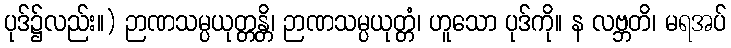
ပုဒ်၌လည်း။) ဉာဏသမ္ပယုတ္တန္တိ၊ ဉာဏသမ္ပယုတ္တံ၊ ဟူသော ပုဒ်ကို။ န လဗ္ဘတိ၊ မရအပ်